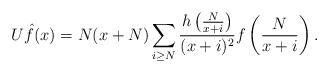
\begin{align*} U \hat{f}(x) = N(x+N)\sum_{i \geq N}\frac{h\left(\frac{N}{x+i}\right)}{(x+i)^2}f\left(\frac{N}{x+i}\right).\end{align*}